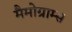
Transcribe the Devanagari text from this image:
मैमोग्राम्स